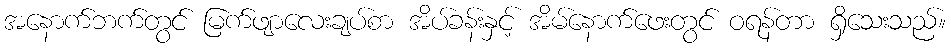
အနောက်ဘက်တွင် မြက်ဖျာလေးချပ်စာ အိပ်ခန်းနှင့် အိမ်နောက်ဖေးတွင် ဝရန်တာ ရှိသေးသည်။